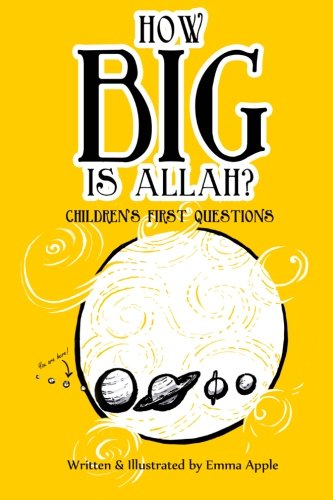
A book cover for How Big Is Allah?; Emma Apple; Children's Books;